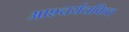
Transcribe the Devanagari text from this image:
आश्‍चर्यचकित